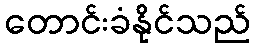
တောင်းခံနိုင်သည်